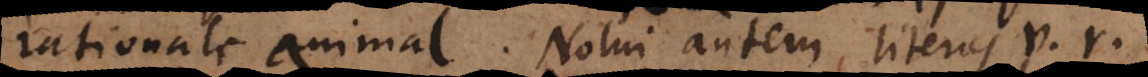
rationale animal. Nolui autem literas v, r